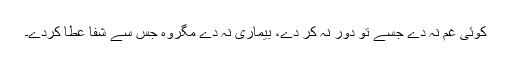
کوئی غم نہ دے جسے تو دور نہ کر دے، بیماری نہ دے مگروہ جس سے شفا عطا کردے۔